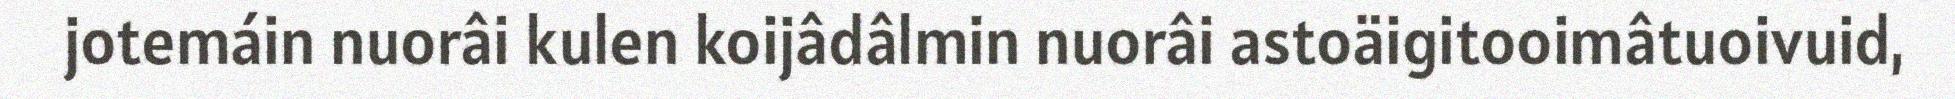
jotemáin nuorâi kulen koijâdâlmin nuorâi astoäigitooimâtuoivuid,